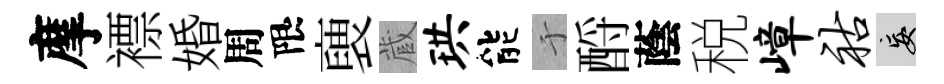
摩褾婚周限褏蔵珙能于酹蔭税嶂祜妄